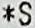
*S